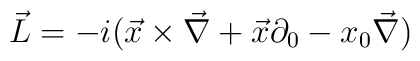
\vec{L}=-i(\vec{x} \times \vec{\nabla} + \vec{x} \partial_{0} -x_{0} \vec{\nabla})